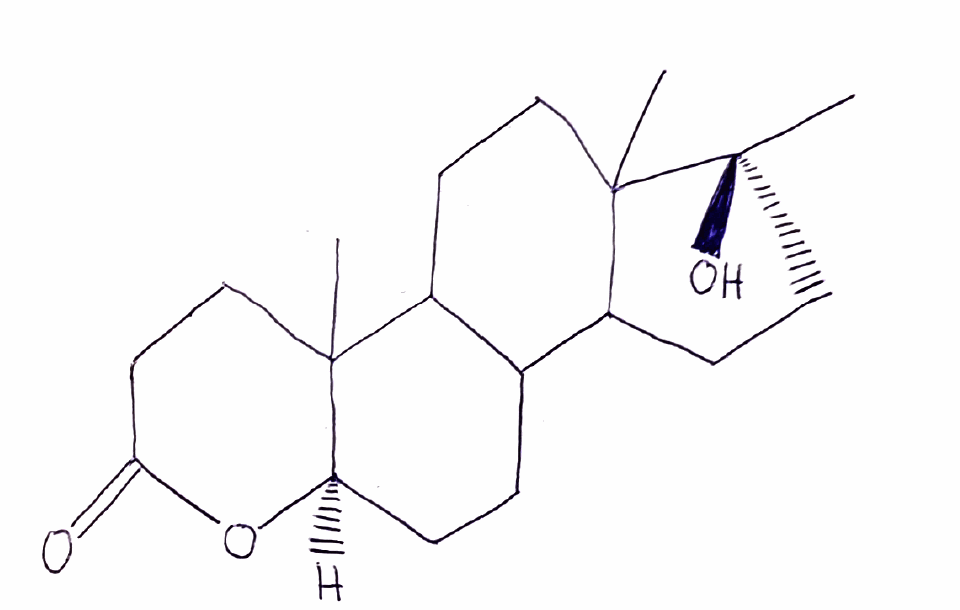
Simplified molecular-input line-entry system (SMILES) notation of the given molecule:
C[C@@]1(CCC2C1(CCC3C2CC[C@@H]4C3(CCC(=O)O4)C)C)O